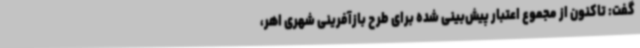
گفت: تاکنون از مجموع اعتبار پیش‌بینی شده برای طرح بازآفرینی شهری اهر،